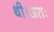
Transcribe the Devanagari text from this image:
थी।अतः